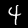
Label: 4